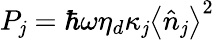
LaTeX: P_{\mathit{j}}=\hbar\omega\eta_{d}\kappa_{\mathit{j}}\left\langle\hat{{n}}_{\mathit{j}}\right\rangle^{2}